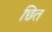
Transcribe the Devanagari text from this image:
छित